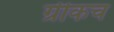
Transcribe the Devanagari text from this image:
ग्रीकच